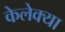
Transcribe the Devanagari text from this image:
केलेक्या